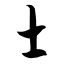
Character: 士